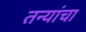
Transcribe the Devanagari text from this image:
तन्यांचा